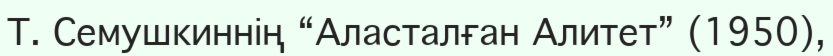
Т. Семушкиннің “Аласталған Алитет” (1950),